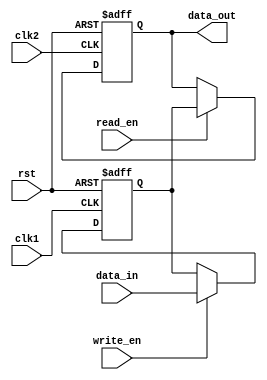
module dual_port_bypass_register (
  input clk1, // clock signal for write port
  input clk2, // clock signal for read port
  input rst, // synchronous reset signal
  input [31:0] data_in, // input data
  input write_en, // enable signal for write port
  input read_en, // enable signal for read port
  output reg [31:0] data_out // output data
);

reg [31:0] mem; // storage for data

// Write port
always @(posedge clk1 or posedge rst) begin
  if (rst) begin
    mem <= 32'h0;
  end else if (write_en) begin
    mem <= data_in;
  end
end

// Read port with bypass
always @(posedge clk2 or posedge rst) begin
  if (rst) begin
    data_out <= 32'h0;
  end else if (read_en) begin
    data_out <= mem;
  end
end

endmodule